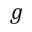
g